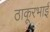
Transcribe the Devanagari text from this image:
ठाकूरभाई